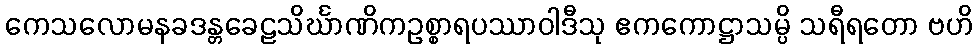
ကေသလောမနခဒန္တခေဠသိင်္ဃာဏိကဥစ္စာရပဿာဝါဒီသု ဧကကောဋ္ဌာသမ္ပိ သရီရတော ဗဟိ